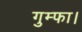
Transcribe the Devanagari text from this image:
गुम्फा।